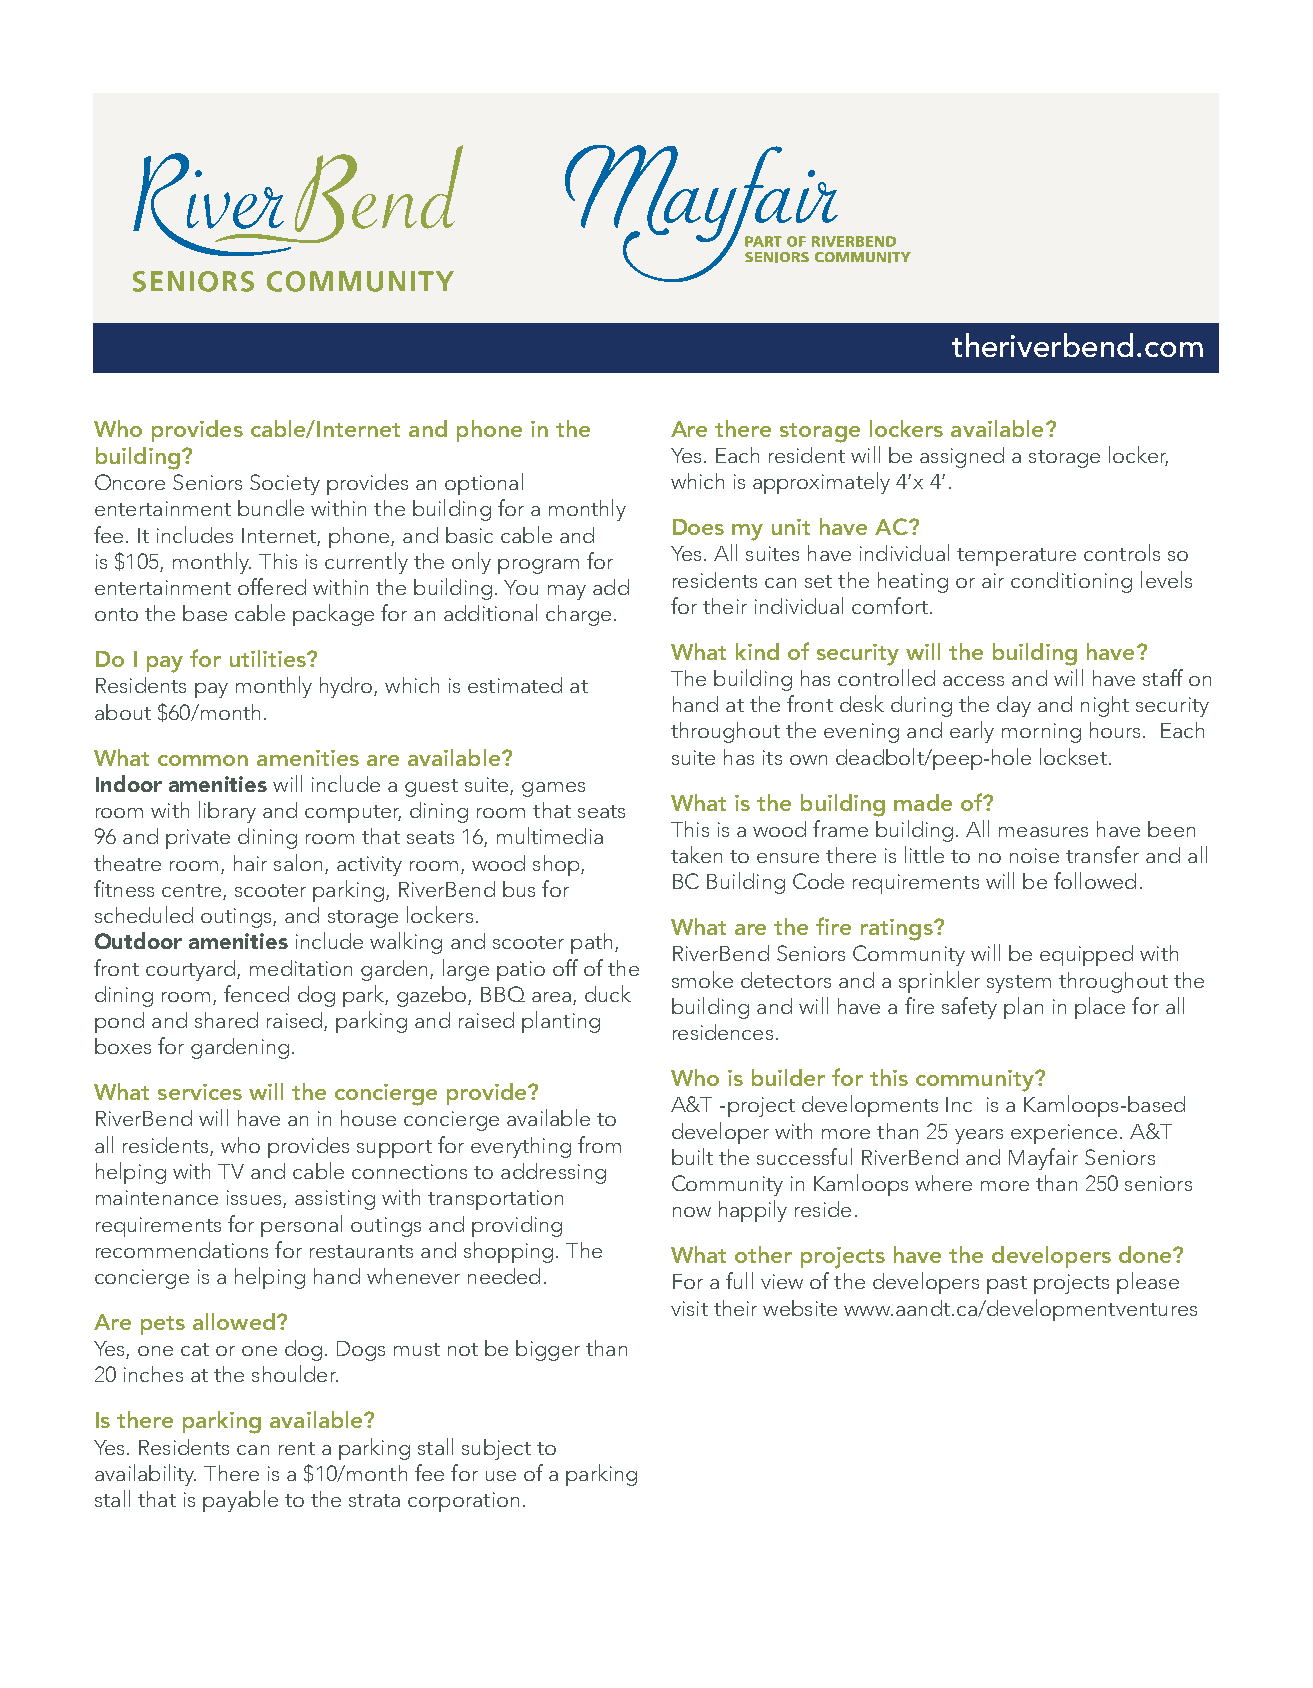
theriverbend.com
 Who provides cable/Internet and phone in the Are there storage lockers available?
 building?                             Yes. Each resident will be assigned a storage locker,
 Oncore Seniors Society provides an optional which is approximately 4’x 4’.
 entertainment bundle within the building for a monthly
 Does my unit have AC?
 fee. It includes Internet, phone, and basic cable and
 Yes. All suites have individual temperature controls so
 is $105, monthly. This is currently the only program for
 residents can set the heating or air conditioning levels
 entertainment offered within the building. You may add
 for their individual comfort.
 onto the base cable package for an additional charge.
 What kind of security will the building have?
 Do I pay for utilities?
 The building has controlled access and will have staff on
 Residents pay monthly hydro, which is estimated at
 hand at the front desk during the day and night security
 about $60/month.
 throughout the evening and early morning hours. Each
 What common amenities are available?  suite has its own deadbolt/peep-hole lockset.
 Indoor amenities will include a guest suite, games
 What is the building made of?
 room with library and computer, dining room that seats
 This is a wood frame building. All measures have been
 96 and private dining room that seats 16, multimedia
 taken to ensure there is little to no noise transfer and all
 theatre room, hair salon, activity room, wood shop,
 BC Building Code requirements will be followed.
 fitness centre, scooter parking, RiverBend bus for
 scheduled outings, and storage lockers.
 What are the fire ratings?
 Outdoor amenities include walking and scooter path,
 RiverBend Seniors Community will be equipped with
 front courtyard, meditation garden, large patio off of the
 smoke detectors and a sprinkler system throughout the
 dining room, fenced dog park, gazebo, BBQ area, duck
 building and will have a fire safety plan in place for all
 pond and shared raised, parking and raised planting
 residences.
 boxes for gardening.
 Who is builder for this community?
 What services will the concierge provide?
 A&T -project developments Inc is a Kamloops-based
 RiverBend will have an in house concierge available to
 developer with more than 25 years experience. A&T
 all residents, who provides support for everything from
 built the successful RiverBend and Mayfair Seniors
 helping with TV and cable connections to addressing
 Community in Kamloops where more than 250 seniors
 maintenance issues, assisting with transportation
 now happily reside.
 requirements for personal outings and providing
 recommendations for restaurants and shopping. The What other projects have the developers done?
 concierge is a helping hand whenever needed. For a full view of the developers past projects please
 visit their website www.aandt.ca/developmentventures
 Are pets allowed?
 Yes, one cat or one dog. Dogs must not be bigger than
 20 inches at the shoulder.
 Is there parking available?
 Yes. Residents can rent a parking stall subject to
 availability. There is a $10/month fee for use of a parking
 stall that is payable to the strata corporation.